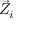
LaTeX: { \vec { Z } } _ { i }